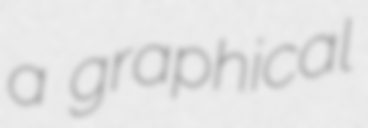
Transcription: a graphical